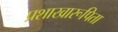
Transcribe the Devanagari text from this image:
प्रशाखारूपिता